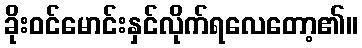
ခိုးဝင်မောင်းနှင်လိုက်ရလေတော့၏။